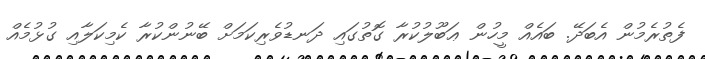
ފެތުރެމުން އެބަދޭ. ބައެއް މީހުން ޢަބޫލުކުރާ ގޮތުގައި ދަނޑުވެރިކަމަށް ބޭނުންކުރާ ކެމިކަލާއި ގުޅުމެއް